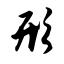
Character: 形